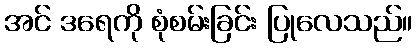
အင် ဒရေကို စုံစမ်းခြင်း ပြုလေသည်။